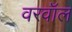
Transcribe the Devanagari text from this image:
वरवॉल